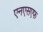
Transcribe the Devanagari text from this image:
एनएसएफ